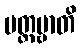
ပတ္တဗ္ဗာတိ